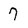
Character: 7